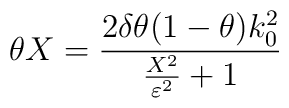
\theta X=\frac{2\delta \theta (1-\theta )k_{0}^{2}}{\frac{X^{2}}{\varepsilon ^{2}}+1}